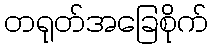
တရုတ်အခြေစိုက်